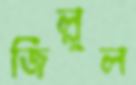
জিল্লুল